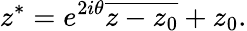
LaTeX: z^{*}=e^{2i\theta}{\overline{{z-z_{0}}}}+z_{0}.